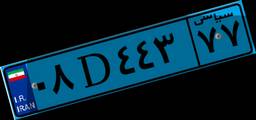
۹۴D۷۰۹۲۵